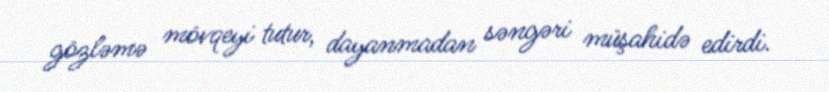
gözləmə mövqeyi tutur, dayanmadan səngəri müşahidə edirdi.